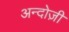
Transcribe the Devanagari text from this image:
अन्दोज़ी